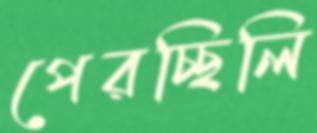
পেরচ্ছিলি